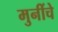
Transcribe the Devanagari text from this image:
मुनींचे